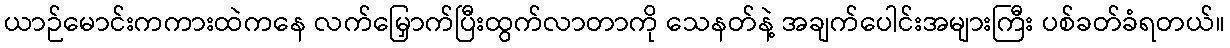
ယာဉ်မောင်းကကားထဲကနေ လက်မြှောက်ပြီးထွက်လာတာကို သေနတ်နဲ့ အချက်ပေါင်းအများကြီး ပစ်ခတ်ခံရတယ်။